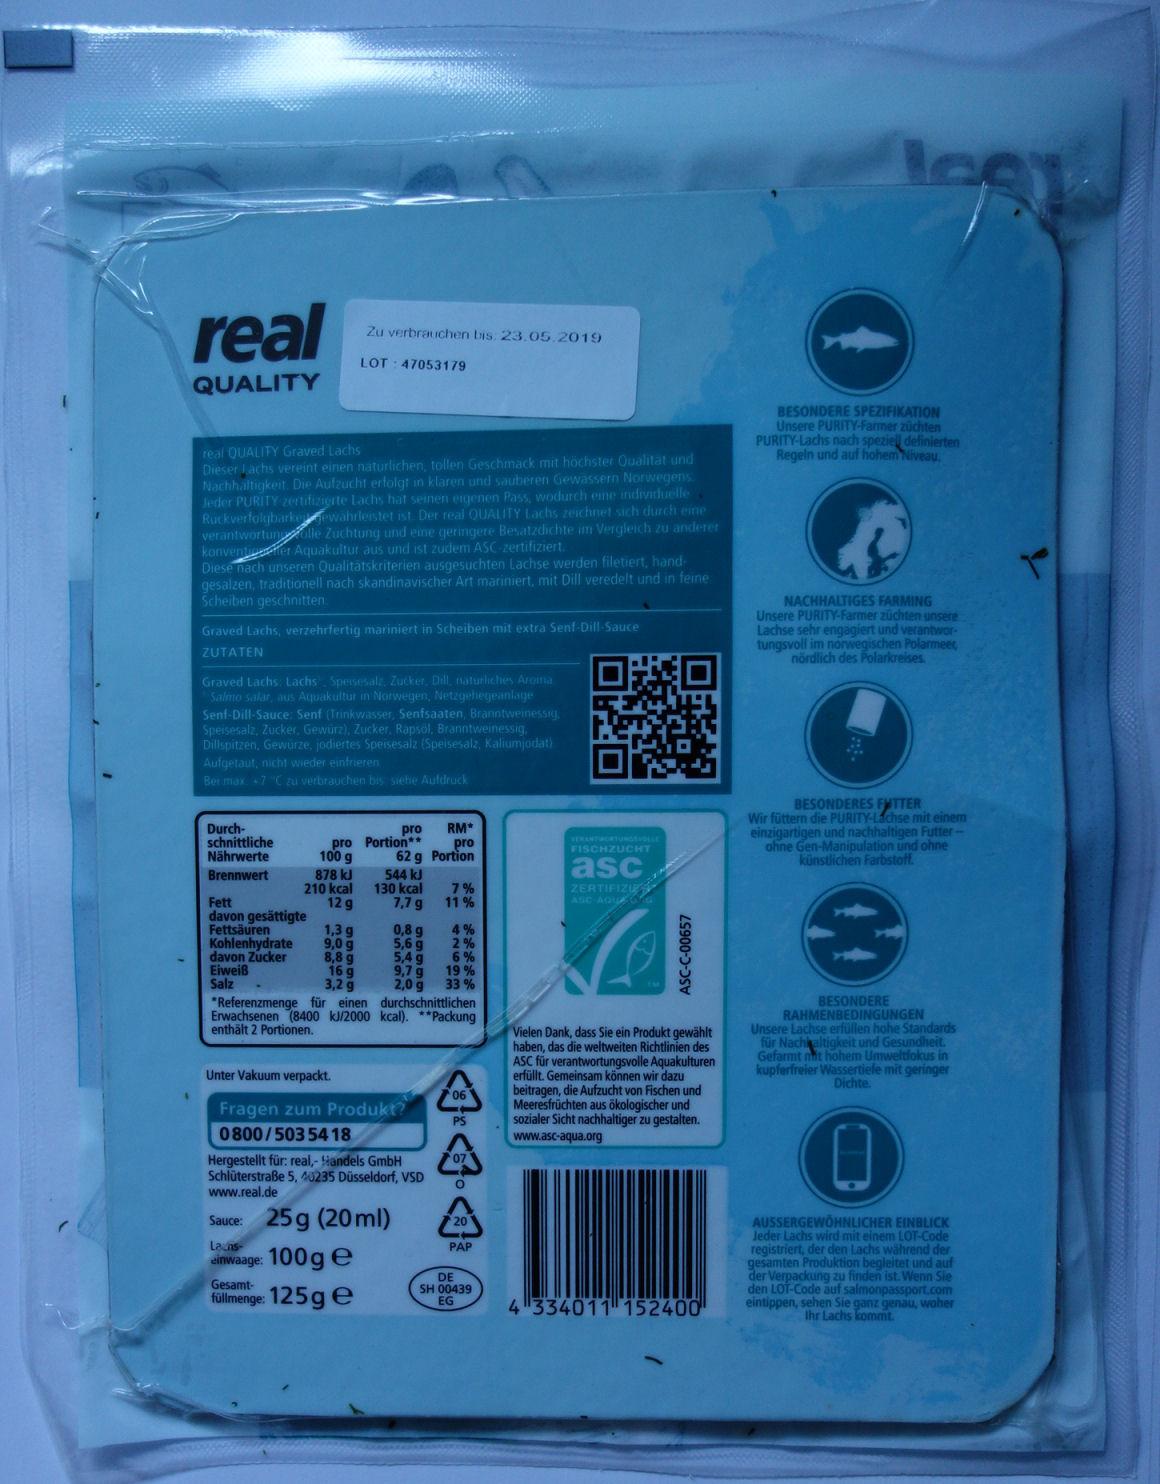
real ASC-C-00657 Zu verbrauchen bis. 23.05.2019 LOT 47053179 QUALITY BESONDERE SPEZIFIKATION Unsere PURITY-Farmer züchten PURITY-Lachs nach speziel definierten Regeln und auf hohem Niveau real QUALITY Graved Lachs Dieser Jachs vereint einen naturlichen, tollen Geschmack mit höchster Oualitat und Nachhaltigkeit Die Aufzucht erfolgt in klaren und sauberen Gewassern Norwegens Jeder PURITY 2ertifizierte Lachs hat seinen eigenen Pass, wodurch eme individuelle Ruckverfolgbarkeewahrlestet ist Der real QUALITY Lachs zeichnet sich durch eine verantwortungolle Zuchtung und eine qeringere Besatzdichte im Vergleich zu anderer konventiher Aquakultur aus und ist zudem ASC-zertifiziert Diese nach unseren Qualitatskriterien ausgesuchten Lachse werden filetiert, hand gesalzen, traditionell nach skandinavischer Art mariniert, mit Dill veredelt und in feine Scheiben geschnitten: NACHHALTIGES FARMING Unsere PURITY-Farmer züchten unsere Lachse sehr engagiert und verantwor tungsvoll im norwegischen Polarmeet nördlich des Polarkreises Graved Lachs, verzehrfertig mariniert in Scheiben mit extra Senf-Dill-Sauce ZUTATEN Graved Lachs Lachs Spersesalz, Zucker, Dill, aturliches Aromna Salmo salar, aus Aquakultur in Norwegen, Netzgehegeanlage Senf-Dill-Sauce: Senf (Trinkwasser, Senfsaaten, Branntweinessig Speisesalz, Zucker, Gewürz), Zucker. Rapsöl, Branntweinessig Dillspitzen, Gewurze, jodiertes Speisesalz (Speisesalz, Kaliumjodat) Aufgetaut, nicht wieder einfrieren Bet max 7 "C zu verbrauchen bis siehe Aufdruck BESONDERES FTTER Wir füttern die PURITY-Lachse mit einem einzigartigen und nachhaltigen Futter ohne Gen-Manipulation und ohne künstlichen Farbstoff Durch- schnittliche Nährwerte Brennwert RM* pro 62 g Portion pro pro Portion 100 g 878 kl 210 544 kJ 7,7 g ZERTIFIZIP ASC AQU 7 13 11 % 12 g Fett davon gesättigte Fettsäuren Kohlenhydrate davon Zucker Eiweiß Salz 4% 2% 6% 19% 33 % 1,3 g 9,0 g 8,8 g 16 g 3,2 g 0,8 g 5,6 g 5,4 g 9,7 g 2,0 g Referenzmenge für einen durchschnittlichen enthält 2 Portionen. BESONDERE RAHMENBEDINGUNGEN Unsere Lachse erfüllen hohe Standards für Nach altigkeit und Gesundheit Gefarmt mit hohem Umweltfokus in kupferfreier Wassertiefe mit geringer kl/2000 kcal). **Packung Vielen Dank, dass Sie ein Produkt gewählt haben, das die weltweiten Richtlinien des ASC für verantwortungsvolle Aquakulturen erfüllt. Gemeinsam können wir dazu beitragen, die Aufzucht von Fischen und Meeresfrüchten aus ökologischer und Sozialer Sicht nachhaltiger zu gestalten. www.asc-aqua.org Unter Vakuum verpackt. Dichte 06 Fragen zum Produkt? PS 0800/503 5418 Hergestellt für: real,-andels GmbH Schlüterstraße 5, 40235 Düsseldorf, VSD www.real.de 07 O 25g (20ml) 100g e 125g e Sauce: AUSSERGEWOHNLICHER EINBLICK Jeder Lachs wird mit einem LOT-Code registriert, der den Lachs während der gesamten Produktion begleitet und auf der Verpackung zu finden ist. Wenn Sie den LOT-Code auf salmonpassport.com eintippen, sehen Sie ganz genau, waher 20 Launs- einwaage: PAP DE SH 00439 EG Gesamt- füllmenge: 4 334011 152400 r Lachs kommt.